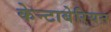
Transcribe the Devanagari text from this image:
केन्टाबेरियन